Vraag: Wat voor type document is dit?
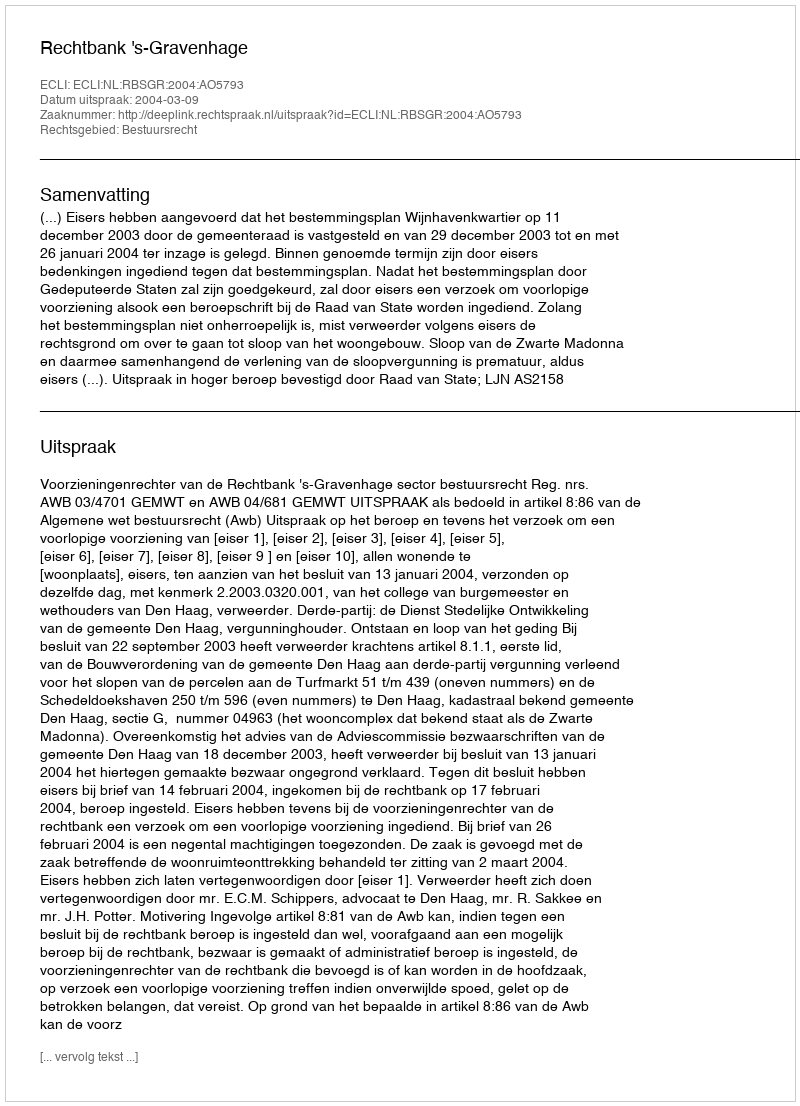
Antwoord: Uitspraak